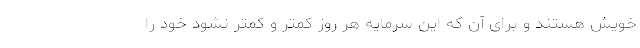
خویش هستند و برای آن که این سرمایه هر روز کمتر و کمتر نشود خود را